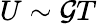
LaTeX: U\sim\mathcal{G}T